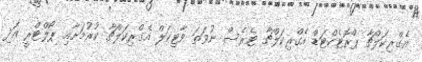
އެގްރިކަލްޗާ ޕްރޮޓެކްޓަޑް އެގްރިކަލްޗާ ޓެރެސް ނުވަތަ ވާޓިކަލް އެގްރިކަލްޗާ ކުރުމަށާއި ޕޯލްޓްރީ އަދި